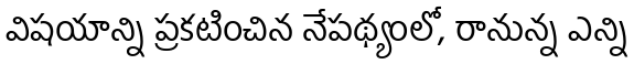
విషయాన్ని ప్రకటించిన నేపథ్యంలో, రానున్న ఎన్ని